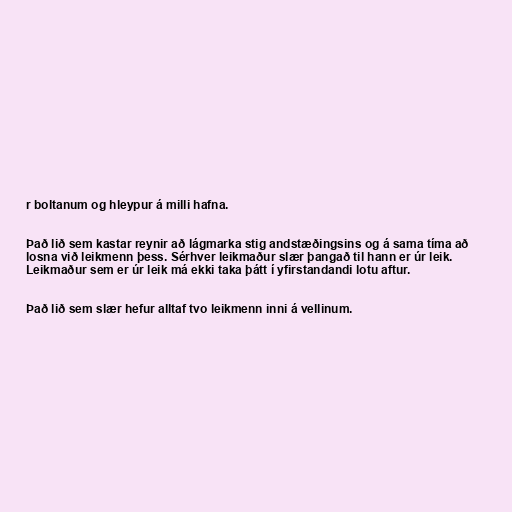
r boltanum og hleypur á milli hafna.

Það lið sem kastar reynir að lágmarka stig andstæðingsins og á sama tíma að
losna við leikmenn þess. Sérhver leikmaður slær þangað til hann er úr leik.
Leikmaður sem er úr leik má ekki taka þátt í yfirstandandi lotu aftur.

Það lið sem slær hefur alltaf tvo leikmenn inni á vellinum.